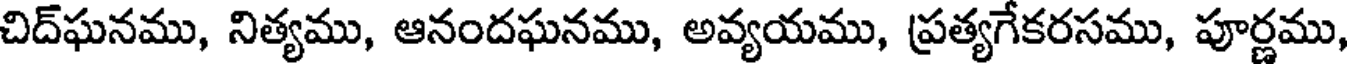
చిద్ఘనము, నిత్యము, ఆనందఘనము, అవ్యయము, ప్రత్యగేకరసము, పూర్ణము,